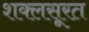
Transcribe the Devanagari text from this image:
शक्लसूरत